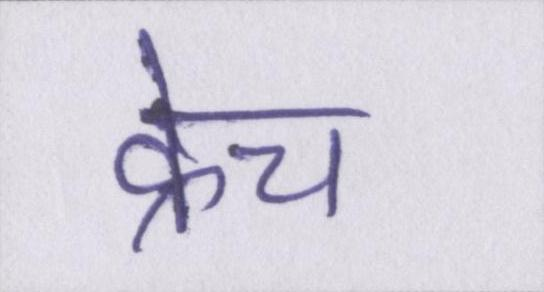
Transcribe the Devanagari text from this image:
क्रेच